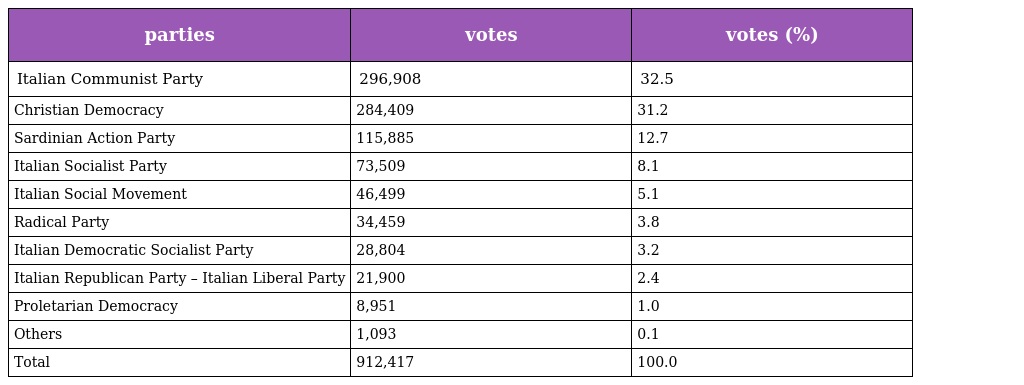
| parties | votes | votes (%) |
 | --- | --- | --- |
 | Italian Communist Party | 296,908 | 32.5 |
 | Christian Democracy | 284,409 | 31.2 |
 | Sardinian Action Party | 115,885 | 12.7 |
 | Italian Socialist Party | 73,509 | 8.1 |
 | Italian Social Movement | 46,499 | 5.1 |
 | Radical Party | 34,459 | 3.8 |
 | Italian Democratic Socialist Party | 28,804 | 3.2 |
 | Italian Republican Party – Italian Liberal Party | 21,900 | 2.4 |
 | Proletarian Democracy | 8,951 | 1.0 |
 | Others | 1,093 | 0.1 |
 | Total | 912,417 | 100.0 |